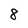
Character: 8